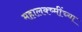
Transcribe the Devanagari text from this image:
महालक्ष्मींच्या